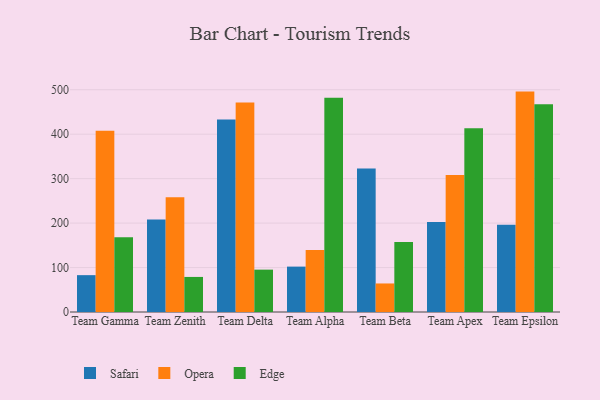
{"axis": {"x": "Team", "y": "Revenue (USD Million)"}, "legend": ["Edge", "Opera", "Safari"], "data": [{"x": "Team Gamma", "y": 82.9, "type": "Safari"}, {"x": "Team Gamma", "y": 407.7, "type": "Opera"}, {"x": "Team Gamma", "y": 168.4, "type": "Edge"}, {"x": "Team Zenith", "y": 208.0, "type": "Safari"}, {"x": "Team Zenith", "y": 258.2, "type": "Opera"}, {"x": "Team Zenith", "y": 78.9, "type": "Edge"}, {"x": "Team Delta", "y": 433.0, "type": "Safari"}, {"x": "Team Delta", "y": 471.4, "type": "Opera"}, {"x": "Team Delta", "y": 95.3, "type": "Edge"}, {"x": "Team Alpha", "y": 102.1, "type": "Safari"}, {"x": "Team Alpha", "y": 139.4, "type": "Opera"}, {"x": "Team Alpha", "y": 481.7, "type": "Edge"}, {"x": "Team Beta", "y": 322.9, "type": "Safari"}, {"x": "Team Beta", "y": 64.2, "type": "Opera"}, {"x": "Team Beta", "y": 157.2, "type": "Edge"}, {"x": "Team Apex", "y": 202.3, "type": "Safari"}, {"x": "Team Apex", "y": 308.0, "type": "Opera"}, {"x": "Team Apex", "y": 413.4, "type": "Edge"}, {"x": "Team Epsilon", "y": 196.5, "type": "Safari"}, {"x": "Team Epsilon", "y": 495.8, "type": "Opera"}, {"x": "Team Epsilon", "y": 467.2, "type": "Edge"}]}